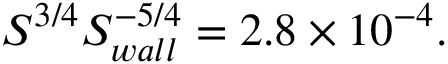
S ^ { 3 / 4 } S _ { w a l l } ^ { - 5 / 4 } = 2 . 8 \times 1 0 ^ { - 4 } .